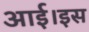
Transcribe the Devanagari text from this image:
आई।इस